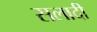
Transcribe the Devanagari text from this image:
सलादी